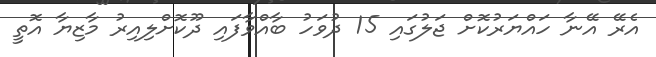
އެރޭ އޭނާ ހައްޔަރުކޮށް ޖަލުގައި 15 ދުވަހު ބާއްވާފައި ދޫކޮށްލިއިރު މާޒިޔާ އޮތީ